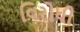
વિરોધી